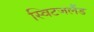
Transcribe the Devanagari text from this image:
स्विटजलैंड